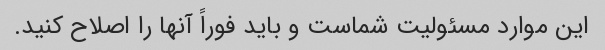
این موارد مسئولیت شماست و باید فوراً آنها را اصلاح کنید.